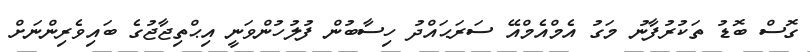
ގޮސް ބޮޑު ތަކުރުފާނު މަގު އެމްއެމްއޭ ސަރަޙައްދު ހިސާބުން ފުލުހުންވަނީ އިޙްތިޖާޖުގެ ބައިވެރިންނަށް